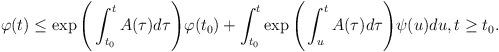
LaTeX: \begin{align*}\varphi (t)\leq \exp \Bigg(\int_{t_0}^tA(\tau )d\tau \Bigg)\varphi(t_0)+\int_{t_0}^t\exp \Bigg(\int_u^tA(\tau )d\tau \Bigg)\psi (u)du,t\geq t_0.\end{align*}